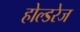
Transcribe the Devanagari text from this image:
होल्डरेज